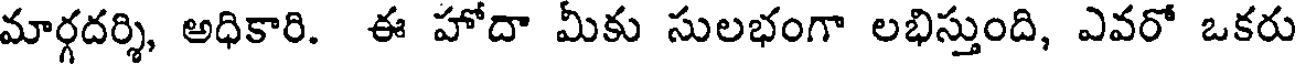
మార్గదర్శి, అధికారి. ఈ హోదా మీకు సులభంగా లభిస్తుంది, ఎవరో ఒకరు